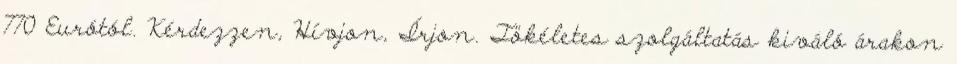
770 Eurótól. Kérdezzen, Hívjon, Írjon. Tökéletes szolgáltatás kiváló árakon